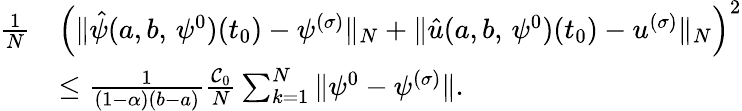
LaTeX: \begin{array}{rl}{\frac{1}{N}}&{\left(\| \hat{\psi}(a,b,\, \psi^{0})(t_{0})-\psi^{(\sigma)}\| _{N}+\| \hat{u}(a,b,\, \psi^{0})(t_{0})-u^{(\sigma)}\| _{N}\right)^{2}}\\ &{\leq\frac{1}{(1-\alpha)(b-a)}\frac{\mathcal C_{0}}{N}\sum_{k=1}^{N}\| \psi^{0}-\psi^{(\sigma)}\| .}\end{array}